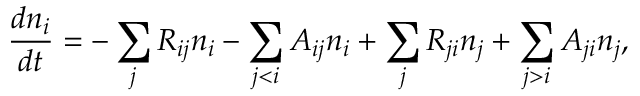
\frac { d n _ { i } } { d t } = - \sum _ { j } R _ { i j } n _ { i } - \sum _ { j < i } A _ { i j } n _ { i } + \sum _ { j } R _ { j i } n _ { j } + \sum _ { j > i } A _ { j i } n _ { j } ,